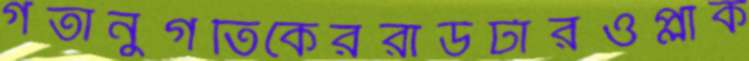
গতানুগতিকেররাউটারওপ্লাক